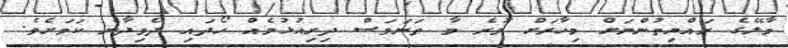
މާލޭގެ ރައްޔިތުންނަށް މިހާރަށް ވުރެ މާ ތަނަވަސް ދިރިއުޅުމެއް ހޯދައި ދެވިދާނެ ކަމަށެވެ.